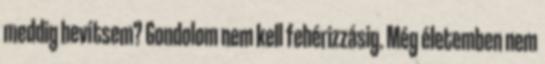
meddig hevítsem? Gondolom nem kell fehérizzásig. Még életemben nem